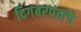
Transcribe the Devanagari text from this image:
दिगंबरपंतांचे